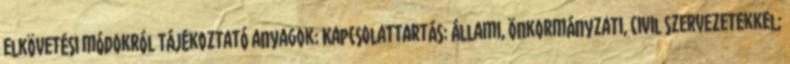
elkövetési módokról Tájékoztató anyagok: Kapcsolattartás: állami, önkormányzati, civil szervezetekkel;